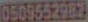
0509552907